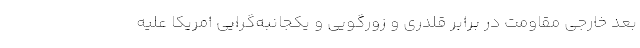
بعد خارجی مقاومت در برابر قلدری و زورگویی و یکجانبه‌گرایی امریکا علیه